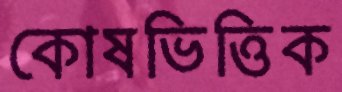
কোষভিত্তিক